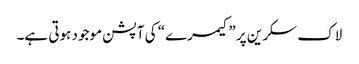
لاک سکرین پر ”کیمرے“ کی آپشن موجود ہوتی ہے۔